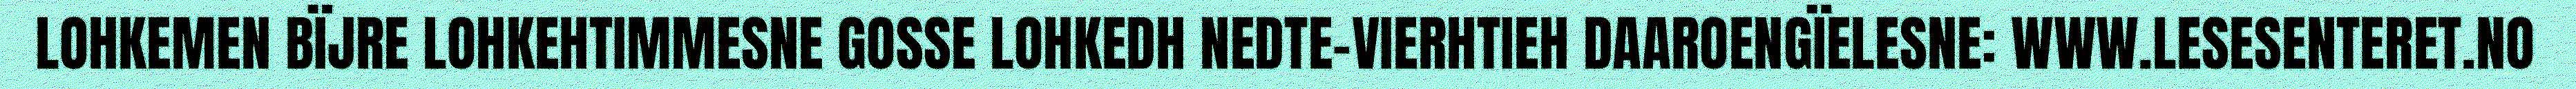
LOHKEMEN BÏJRE LOHKEHTIMMESNE GOSSE LOHKEDH NEDTE-VIERHTIEH DAAROENGÏELESNE: WWW.LESESENTERET.NO